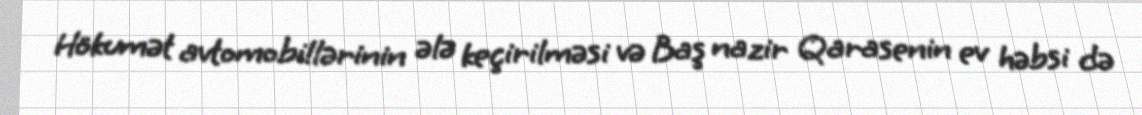
Hökumət avtomobillərinin ələ keçirilməsi və Baş nazir Qarasenin ev həbsi də